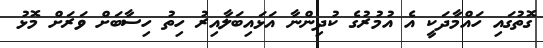
ގޮތުގައި ހައްމާދަކީ އެ އުމުރުގެ ކުދިންނާ އަޅައިބަލާއިރު ހިތު ހިސާބަށް ވަރަށް މޮޅު